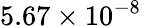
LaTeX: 5.67\times 10^{-8}